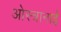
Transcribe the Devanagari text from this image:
ओस्त्रानाई